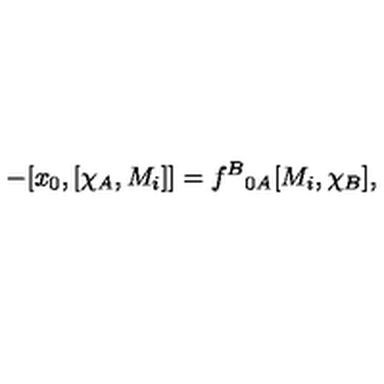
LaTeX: - [ x _ { 0 } , [ \chi _ { A } , M _ { i } ] ] = f ^ { B } { } _ { 0 A } [ M _ { i } , \chi _ { B } ] ,